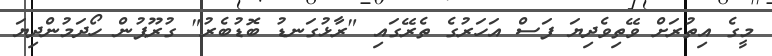
މީގެ އިތުރަށް ވޭތިވެދިޔަ ފަސް އަހަރުގެ ތެރޭގައި "ރާޅުގަނޑު ބޮޑުބެރު" ގުރޫޕުން ހޯދަމުންދިޔަ